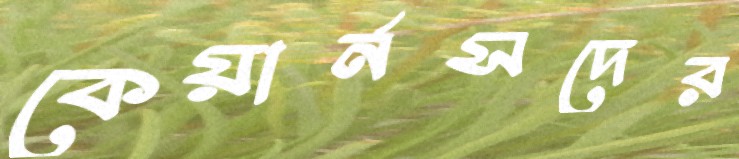
কেয়ার্নসদের